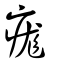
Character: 痝